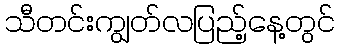
သီတင်းကျွတ်လပြည့်နေ့တွင်